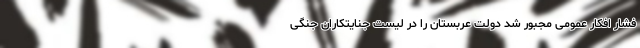
فشار افکار عمومی مجبور شد دولت عربستان را در لیست جنایتکاران جنگی